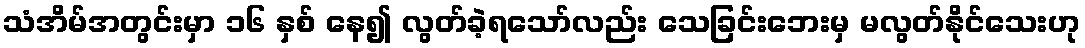
သံအိမ်အတွင်းမှာ ၁၆ နှစ် နေ၍ လွတ်ခဲ့ရသော်လည်း သေခြင်းဘေးမှ မလွတ်နိုင်သေးဟု